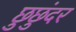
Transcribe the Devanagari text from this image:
छुछुंदर